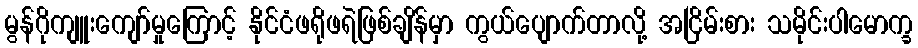
မွန်ဂိုကျူးကျော်မှုကြောင့် နိုင်ငံဖရိုဖရဲဖြစ်ချိန်မှာ ကွယ်ပျောက်တာလို့ အငြိမ်းစား သမိုင်းပါမောက္ခ